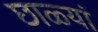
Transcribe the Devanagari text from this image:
छाळ्यां